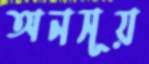
অনসূয়